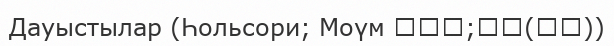
Дауыстылар (Һольсори; Моүм 홀소리;모음(母音))